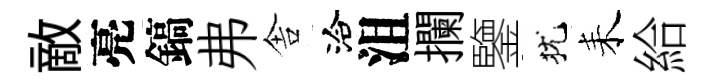
敵亮鎬弗舎洽沮攔鑒犹耒給